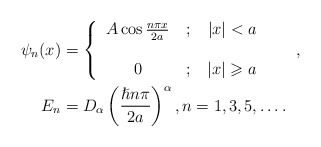
\begin{align*}\psi_{n}(x) & =\left\{\begin{tabular}[c]{ccc}$A\cos\frac{n\pi x}{2a}$ & $;$ & $\left\vert x\right\vert <a$\\& & \\$0$ & $;$ & $\left\vert x\right\vert \geqslant a$\end{tabular}\ \ \ \ \ \right. ,\\E_{n} & =D_{\alpha}\left( \frac{\hslash n\pi}{2a}\right) ^{\alpha},n=1,3,5,\ldots.\end{align*}